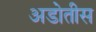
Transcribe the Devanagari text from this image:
अडोतीस